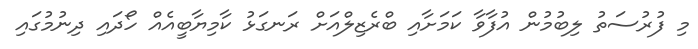
މި ފުރުސަތު ލިބުމުން އުފާވާ ކަމަށާއި ބްރެޒިލްއަށް ރަނގަޅު ކާމިޔާބީއެއް ހޯދައި ދިނުމުގައި